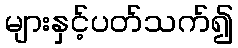
များနှင့်ပတ်သက်၍